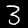
Label: 3